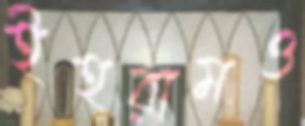
ইহরামও